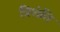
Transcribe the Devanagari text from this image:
त्रिशंति